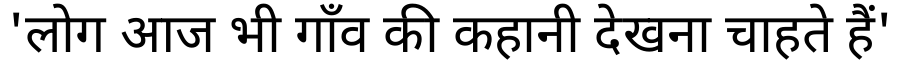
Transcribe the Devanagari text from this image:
'लोग आज भी गाँव की कहानी देखना चाहते हैं'